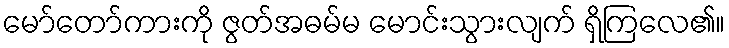
မော်တော်ကားကို ဇွတ်အဓမ်မ မောင်းသွားလျက် ရှိကြလေ၏။